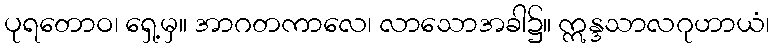
ပုရတောဝ၊ ရှေ့မှ။ အာဂတကာလေ၊ လာသောအခါ၌။ ဣန္ဒသာလဂုဟာယံ၊